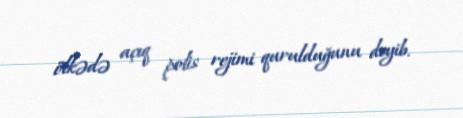
ölkədə açıq polis rejimi qurulduğunu deyib.